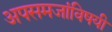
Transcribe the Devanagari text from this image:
अपसमजांविषयी